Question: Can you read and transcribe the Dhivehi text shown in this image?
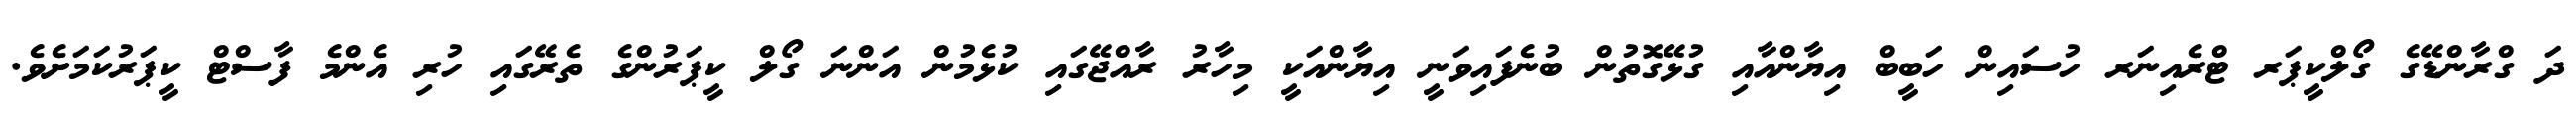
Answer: ދަ ގްރާންޑޭގެ ގޯލްކީޕަރ ޓްރެއިނަރ ހުސައިން ހަބީބް އިޔާންއާއި ގުޅޭގޮތުން ބުނެފައިވަނީ އިޔާންއަކީ މިހާރު ރާއްޖޭގައި ކުޅެމުން އަންނަ ގޯލް ކީޕަރުންގެ ތެރޭގައި ހުރި އެންމެ ފާސްޓް ކީޕަރުކަމަށެވެ.